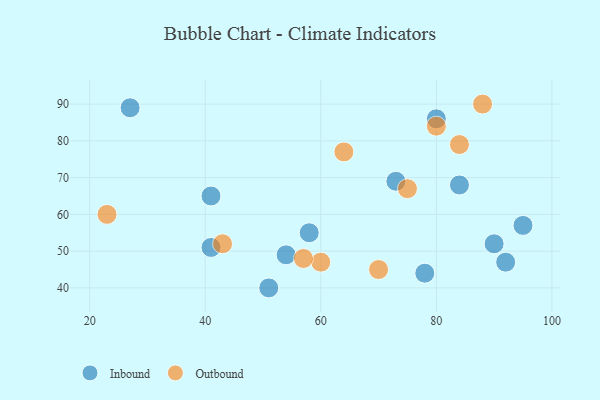
{"axis": {"x": "GDP", "y": "Life Expectancy"}, "legend": ["Inbound", "Outbound"], "data": [{"x": "95", "y": 57, "type": "Inbound"}, {"x": "90", "y": 52, "type": "Inbound"}, {"x": "92", "y": 47, "type": "Inbound"}, {"x": "54", "y": 49, "type": "Inbound"}, {"x": "84", "y": 68, "type": "Inbound"}, {"x": "78", "y": 44, "type": "Inbound"}, {"x": "80", "y": 86, "type": "Inbound"}, {"x": "27", "y": 89, "type": "Inbound"}, {"x": "41", "y": 51, "type": "Inbound"}, {"x": "73", "y": 69, "type": "Inbound"}, {"x": "51", "y": 40, "type": "Inbound"}, {"x": "58", "y": 55, "type": "Inbound"}, {"x": "41", "y": 65, "type": "Inbound"}, {"x": "23", "y": 60, "type": "Outbound"}, {"x": "60", "y": 47, "type": "Outbound"}, {"x": "57", "y": 48, "type": "Outbound"}, {"x": "80", "y": 84, "type": "Outbound"}, {"x": "84", "y": 79, "type": "Outbound"}, {"x": "88", "y": 90, "type": "Outbound"}, {"x": "75", "y": 67, "type": "Outbound"}, {"x": "64", "y": 77, "type": "Outbound"}, {"x": "43", "y": 52, "type": "Outbound"}, {"x": "70", "y": 45, "type": "Outbound"}]}